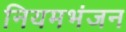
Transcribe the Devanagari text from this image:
नियमभंजन